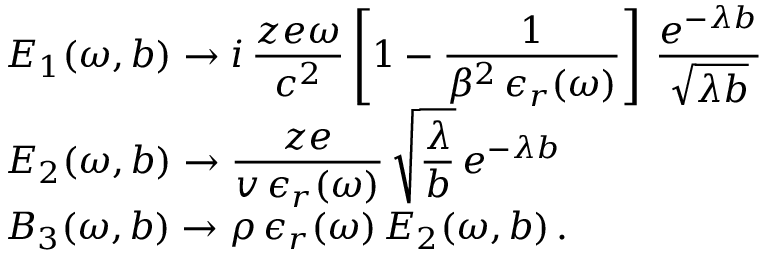
\begin{array} { l } { \displaystyle E _ { 1 } ( \omega , b ) \rightarrow i \, \frac { z e \omega } { c ^ { 2 } } \left[ 1 - \frac { 1 } { \beta ^ { 2 } \, \epsilon _ { r } ( \omega ) } \right] \, \frac { e ^ { - \lambda b } } { \sqrt { \lambda b } } } \\ { \displaystyle E _ { 2 } ( \omega , b ) \rightarrow \frac { z e } { v \, \epsilon _ { r } ( \omega ) } \, \sqrt { \frac { \lambda } { b } } \, e ^ { - \lambda b } } \\ { \displaystyle B _ { 3 } ( \omega , b ) \rightarrow \rho \, \epsilon _ { r } ( \omega ) \, E _ { 2 } ( \omega , b ) \, . } \end{array}